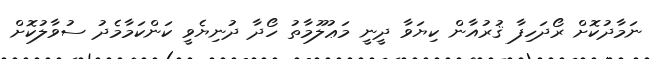
ނަމާދުކޮށް ރޯދަހިފާ ޤުރުއާން ކިޔަވާ ދީނީ މަޢުލޫމާތު ހޯދާ ދުނިޔެވީ ކަންކަމާމެދު ސުވާލުކޮށް